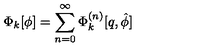
\Phi _ { k } [ \phi ] = \sum _ { n = 0 } ^ { \infty } \Phi _ { k } ^ { ( n ) } [ q , \hat { \phi } ]